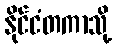
နိုင်ငံတကာသို့